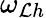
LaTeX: \omega_{\mathcal{L}h}